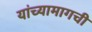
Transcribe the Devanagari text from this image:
यांच्यामागची